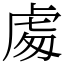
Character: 䖏